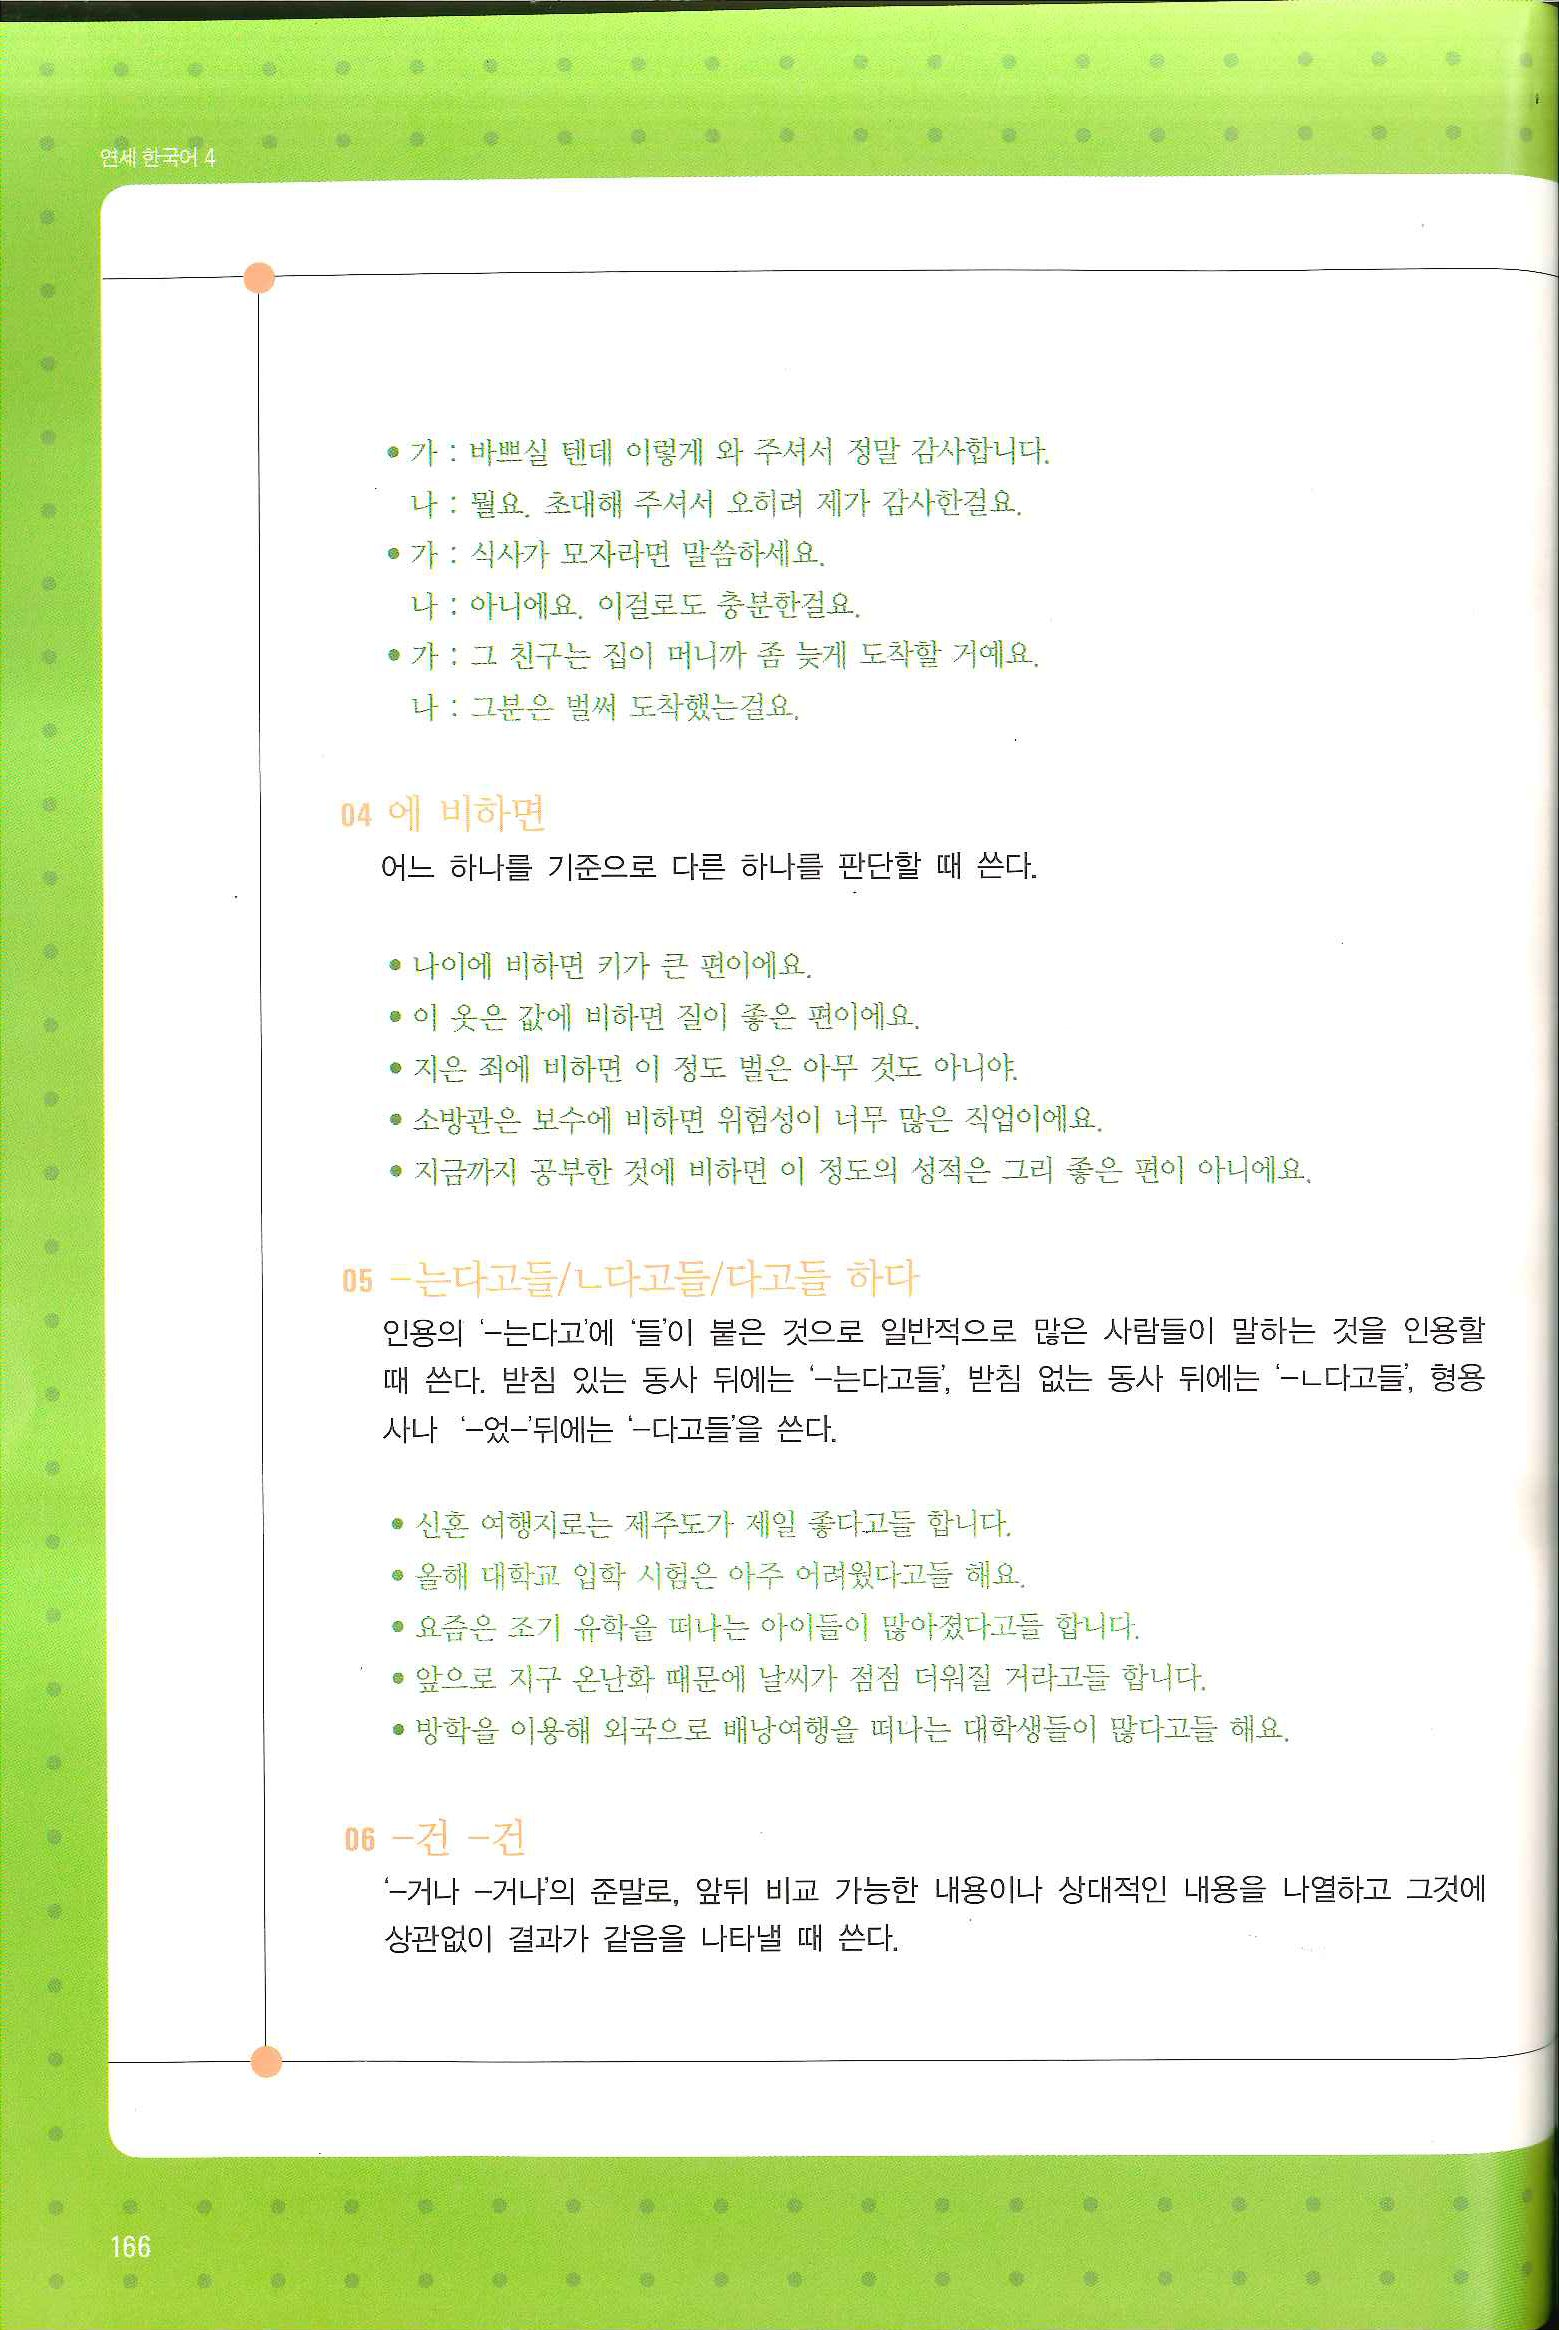
Language: ko